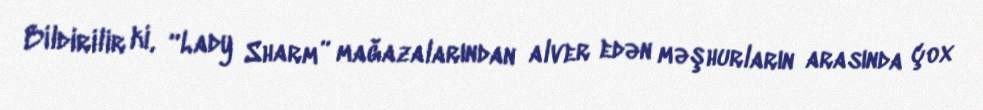
Bildirilir ki, “Lady Sharm” mağazalarından alver edən məşhurların arasında çox